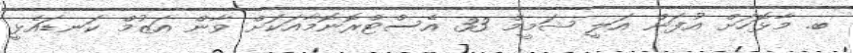
ބ. މާޅޮހަށް އުފަން އަލީ ޝަމީމް 33 އެސްޓްރޮނޮމާއަކަށް ވާން އަަޒުމް ކަނޑައެޅީ